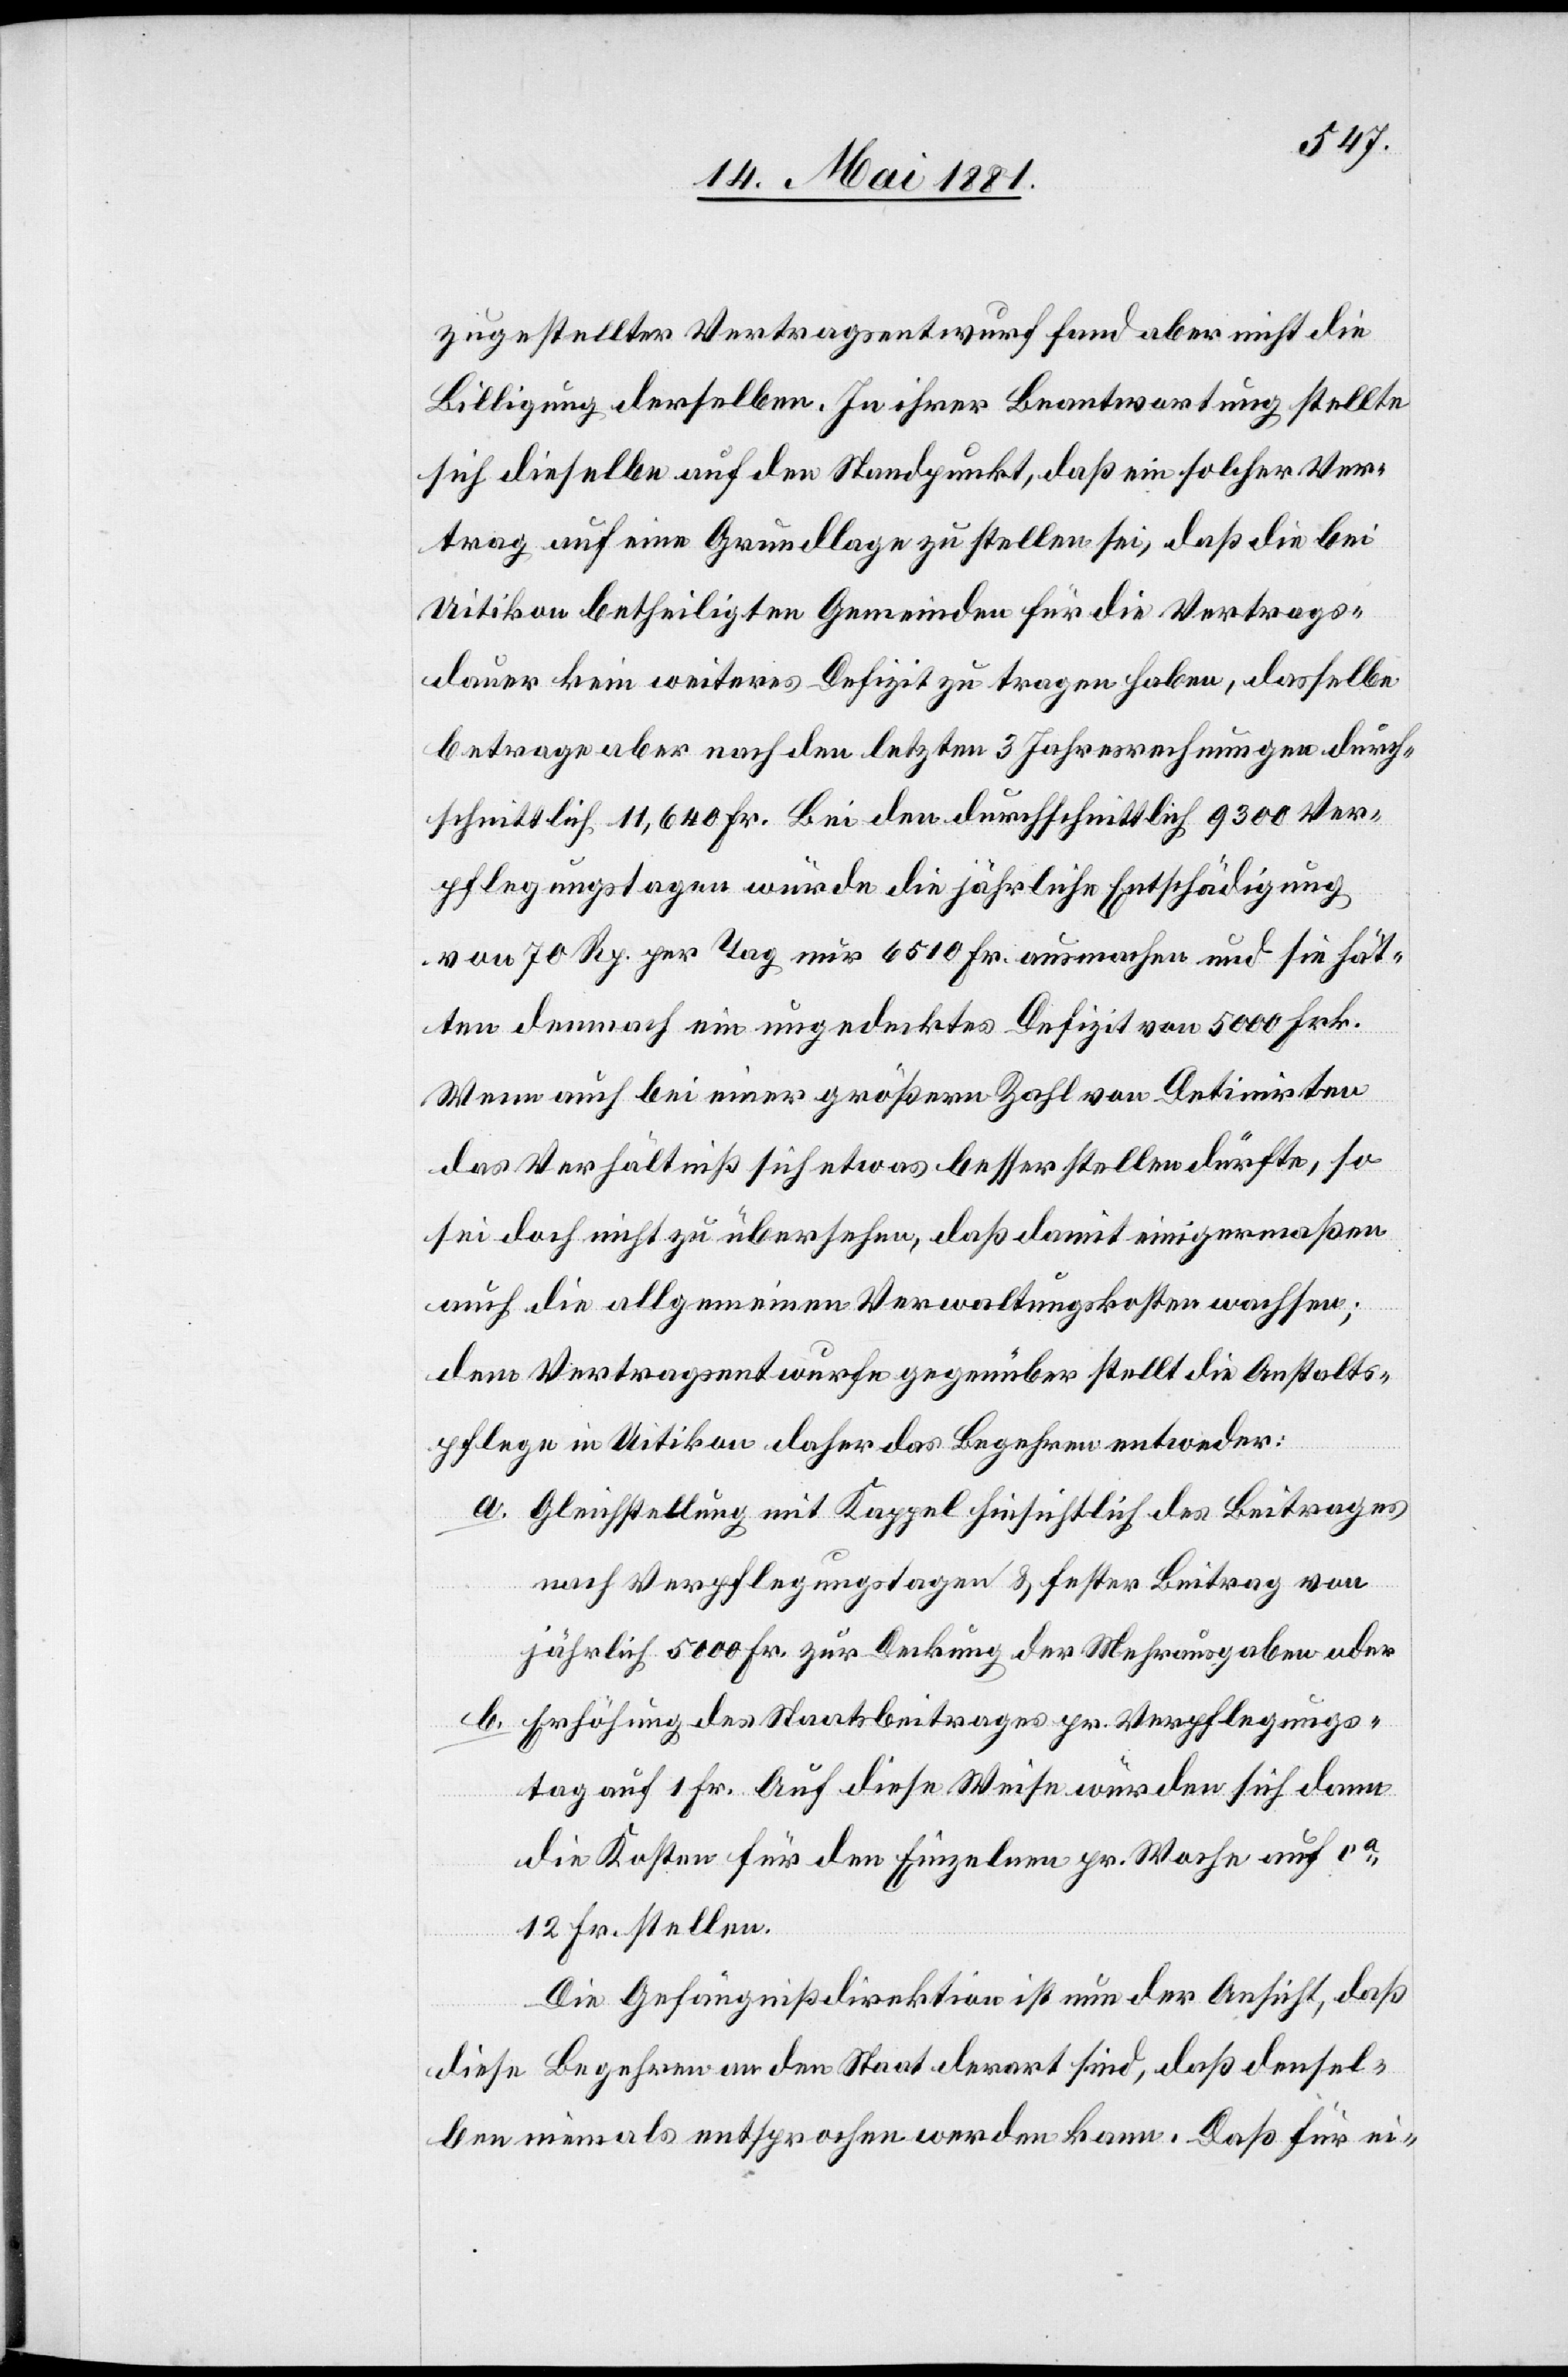
zugestellter Vertragsentwurf fand aber nicht die
Billigung derselben. In ihrer Beantwortung stellte
sich dieselbe auf den Standpunkt, daß ein solcher Ver¬
trag auf eine Grundlage zu stellen sei, daß die bei
Uitikon betheiligten Gemeinden für die Vertrags¬
dauer kein weiteres Defizit zu tragen haben, dasselbe
betrage aber nach den letzten 3 Jahresrechnungen durch¬
schnittlich 11,640 Fr. Bei den durchschnittlich 9300 Ver¬
pflegungstagen würde die jährliche Entschädigung
von 70 Rp. per Tag nur 6510 Fr. ausmachen und sie hät¬
ten demnach ein ungedecktes Defizit von 5000 Frk.
Wenn auch bei einer größern Zahl von Detinirten
das Verhältniß sich etwas besser stellen dürfte, so
sei doch nicht zu übersehen, daß damit einigermaßen
auch die allgemeinen Verwaltungskosten wachsen;
dem Vertragsentwurfe gegenüber stellt die Anstalts¬
pflege in Uitikon daher das Begehren entweder:
a. Gleichstellung mit Kappel hinsichtlich des Beitrages
nach Verpflegungstagen & fester Beitrag von
jährlich 5000 Fr. zu Deckung der Mehrausgaben oder
b. Erhöhung des Staatsbeitrages pr. Verpflegungs¬
tag auf 1 Fr. Auf diese Weise würden sich dann
die Kosten für den Einzelnen pr. Woche auf ca
12 Fr. stellen.
Die Gefängnißdirektion ist nun der Ansicht, daß
diese Begehren an den Staat derart sind, daß densel¬
ben niemals entsprochen werden kann. Daß für ei-